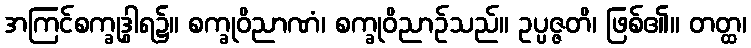
အကြင်စက္ခုဒွါရ၌။ စက္ခုဝိညာဏံ၊ စက္ခုဝိညာဉ်သည်။ ဥပ္ပဇ္ဇတိ၊ ဖြစ်၏။ တတ္ထ၊